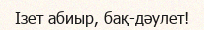
Ізет абиыр, бақ-дәулет!